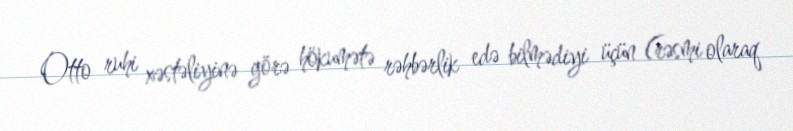
Otto ruhi xəstəliyinə görə hökumətə rəhbərlik edə bilmədiyi üçün (rəsmi olaraq